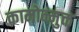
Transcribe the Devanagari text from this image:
कामोन्मुक्त